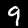
Digit: 9